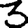
Digit: 3